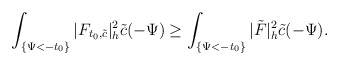
\begin{align*}\int_{ \{\Psi<-t_0\}}|F_{t_0,\tilde{c}}|^2_h\tilde{c}(-\Psi)\ge\int_{ \{\Psi<-t_0\}}|\tilde F|^2_h\tilde{c}(-\Psi).\end{align*}